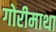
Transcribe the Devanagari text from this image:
गोरीमाथा